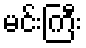
မင်းကြီး